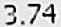
3.74